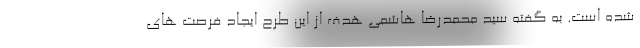
شده است. به گفته سید محمدرضا هاشمی هدف از این طرح ایجاد فرصت های